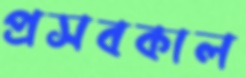
প্রসবকাল